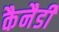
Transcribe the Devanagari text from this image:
कैनैडी